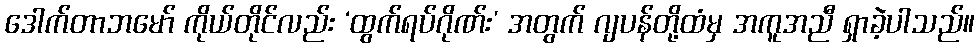
ဒေါက်တာဘမော် ကိုယ်တိုင်လည်း ‘ထွက်ရပ်ဂိုဏ်း’ အတွက် ဂျပန်တို့ထံမှ အကူအညီ ရှာခဲ့ပါသည်။